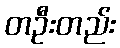
တဦးတည်း